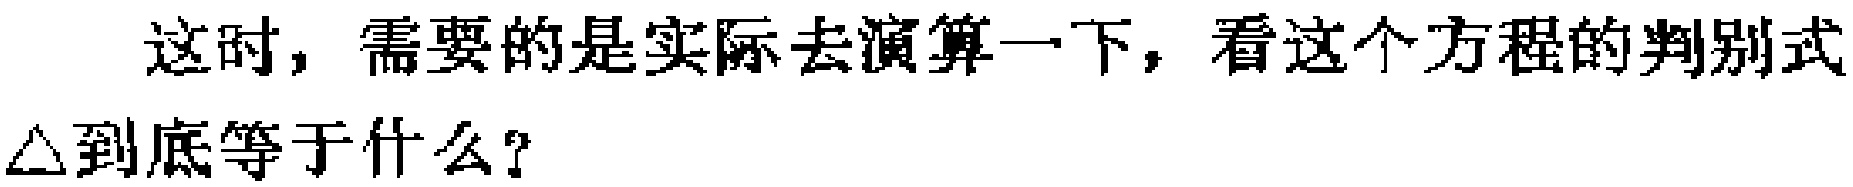
这时，需要的是实际去演算一下，看这个方程的判别式$\triangle$到底等于什么？